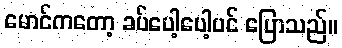
မောင်ကတော့ ခပ်ပေါ့ပေါ့ပင် ပြောသည်။